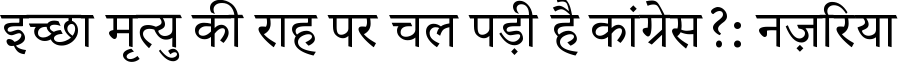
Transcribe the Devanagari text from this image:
इच्छा मृत्यु की राह पर चल पड़ी है कांग्रेस?: नज़रिया